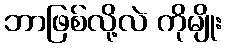
ဘာဖြစ်လို့လဲ ကိုမျိုး